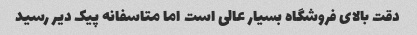
دقت بالای فروشگاه بسیار عالی است اما متاسفانه پیک دیر رسید